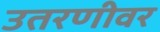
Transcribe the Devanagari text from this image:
उतरणीवर